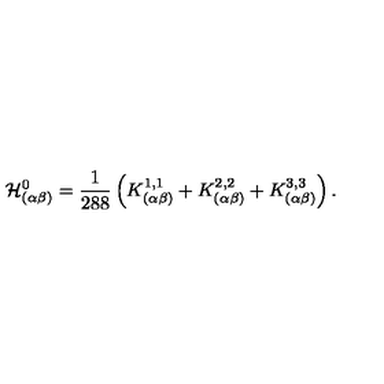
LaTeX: \mathcal { H } _ { ( \alpha \beta ) } ^ { 0 } = \frac { 1 } { 2 8 8 } \left( K _ { ( \alpha \beta ) } ^ { 1 , 1 } + K _ { ( \alpha \beta ) } ^ { 2 , 2 } + K _ { ( \alpha \beta ) } ^ { 3 , 3 } \right) .